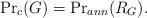
LaTeX: \begin{align*}\textup{Pr}_c(G)=\textup{Pr}_{ann}(R_G). \end{align*}